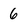
Character: 6